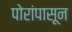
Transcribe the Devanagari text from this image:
पोरांपासून